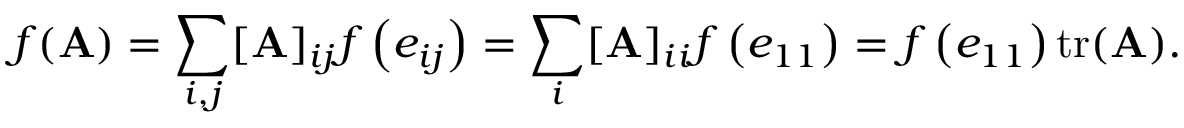
f ( \mathbf { A } ) = \sum _ { i , j } [ \mathbf { A } ] _ { i j } f \left( e _ { i j } \right) = \sum _ { i } [ \mathbf { A } ] _ { i i } f \left( e _ { 1 1 } \right) = f \left( e _ { 1 1 } \right) \operatorname { t r } ( \mathbf { A } ) .